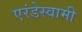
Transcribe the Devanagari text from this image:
एरंडेस्वामी